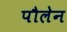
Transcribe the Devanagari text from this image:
पौलेन